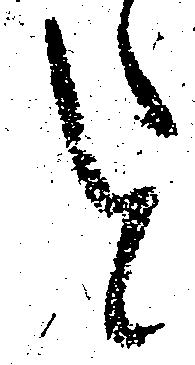
と